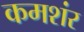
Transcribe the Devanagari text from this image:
कमशंर